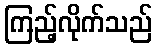
ကြည့်လိုက်သည်